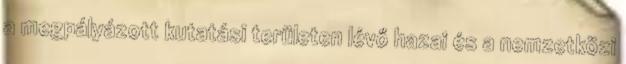
a megpályázott kutatási területen lévő hazai és a nemzetközi